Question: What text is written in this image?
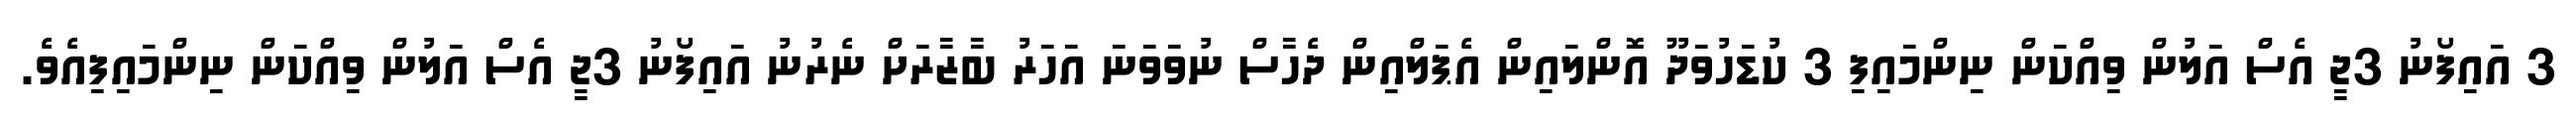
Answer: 3 އައިފޯނު 3ޖީ އެސް އަލުން ވިއްކަން ނިންމައިފި 3 ކުޑަހުވަދޫ އޮންލައިން އެޕަލްއިން ދެހާސް ނުވަވަނަ އަހަރު ބާޒާރަށް ނެރުނު އައިފޯނު 3ޖީ އެސް އަލުން ވިއްކަން ނިންމައިފިއެވެ.